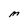
Character: M